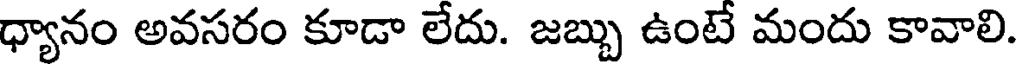
ధ్యానం అవసరం కూడా లేదు. జబ్బు ఉంటే మందు కావాలి.